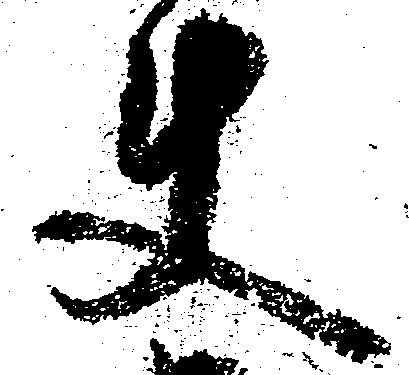
使